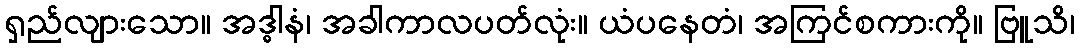
ရှည်လျားသော။ အဒ္ဓါနံ၊ အခါကာလပတ်လုံး။ ယံပနေတံ၊ အကြင်စကားကို။ ဗြူသိ၊